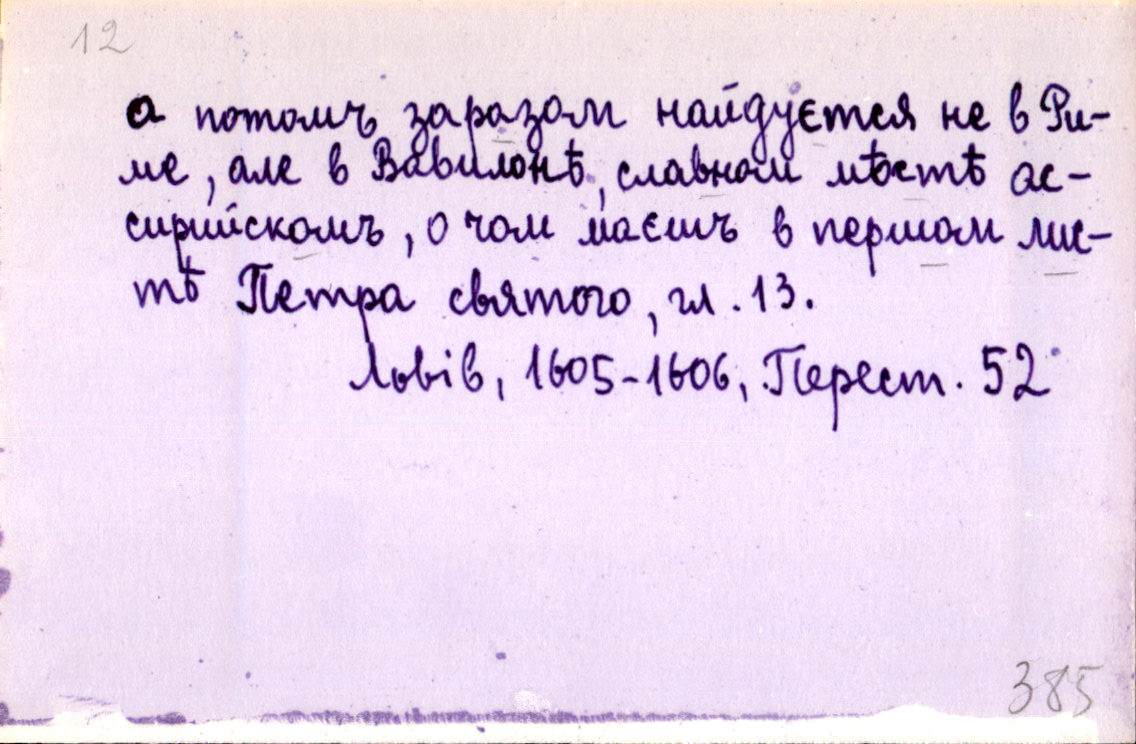
а потомъ заразомъ найдуєтся не в Ри-
ме, але в Вавилонѣ, славномъ мѣстѣ ас-
сирийскомъ, о чом маєшъ в першом лис-
тѣ Петра святого, гл. 13.
Львів, 1605-1606, Перест. 52